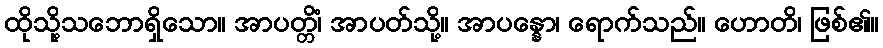
ထိုသို့သဘောရှိသော။ အာပတ္တိံ၊ အာပတ်သို့။ အာပန္နော၊ ရောက်သည်။ ဟောတိ၊ ဖြစ်၏။